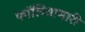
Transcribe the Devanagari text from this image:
फॉलियामारी